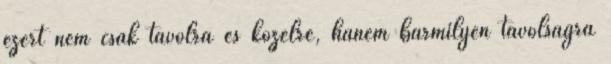
ezért nem csak távolra és közelre, hanem bármilyen távolságra